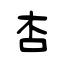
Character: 杏